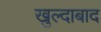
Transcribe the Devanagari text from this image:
खुल्‍दाबाद